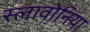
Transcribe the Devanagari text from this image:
स्लावोनिया